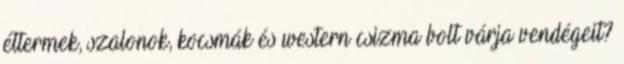
éttermek, szalonok, kocsmák és western csizma bolt várja vendégeit?